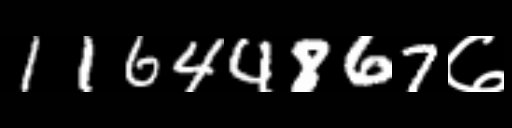
Text: 11644867७